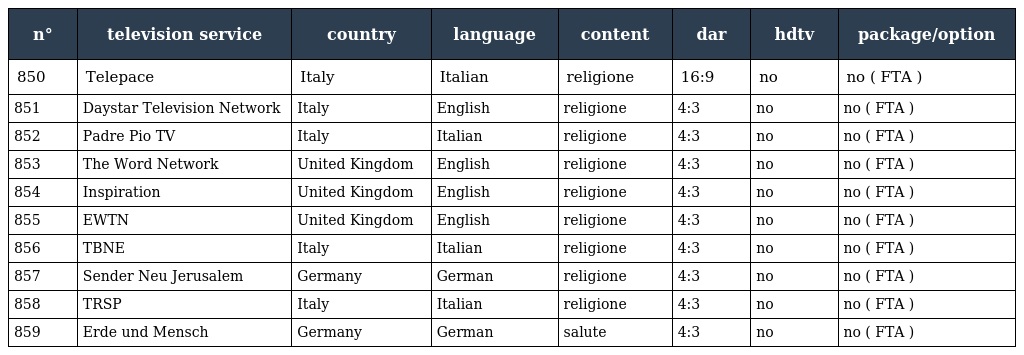
| n° | television service | country | language | content | dar | hdtv | package/option |
 | --- | --- | --- | --- | --- | --- | --- | --- |
 | 850 | Telepace | Italy | Italian | religione | 16:9 | no | no ( FTA ) |
 | 851 | Daystar Television Network | Italy | English | religione | 4:3 | no | no ( FTA ) |
 | 852 | Padre Pio TV | Italy | Italian | religione | 4:3 | no | no ( FTA ) |
 | 853 | The Word Network | United Kingdom | English | religione | 4:3 | no | no ( FTA ) |
 | 854 | Inspiration | United Kingdom | English | religione | 4:3 | no | no ( FTA ) |
 | 855 | EWTN | United Kingdom | English | religione | 4:3 | no | no ( FTA ) |
 | 856 | TBNE | Italy | Italian | religione | 4:3 | no | no ( FTA ) |
 | 857 | Sender Neu Jerusalem | Germany | German | religione | 4:3 | no | no ( FTA ) |
 | 858 | TRSP | Italy | Italian | religione | 4:3 | no | no ( FTA ) |
 | 859 | Erde und Mensch | Germany | German | salute | 4:3 | no | no ( FTA ) |